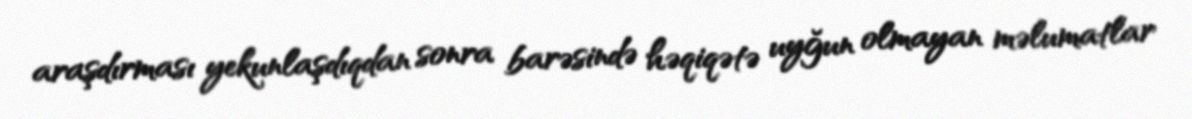
araşdırması yekunlaşdıqdan sonra barəsində həqiqətə uyğun olmayan məlumatlar